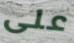
على